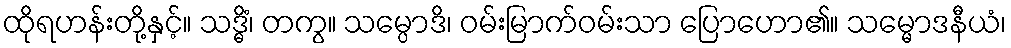
ထိုရဟန်းတို့နှင့်။ သဒ္ဓိံ၊ တကွ။ သမ္ပောဒိ၊ ဝမ်းမြာက်ဝမ်းသာ ပြောဟော၏။ သမ္မောဒနီယံ၊